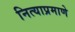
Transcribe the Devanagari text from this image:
नित्याप्रमाणे